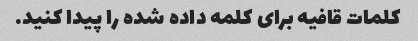
کلمات قافیه برای کلمه داده شده را پیدا کنید.